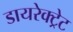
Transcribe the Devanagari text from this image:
डायरेक्ट्रेट